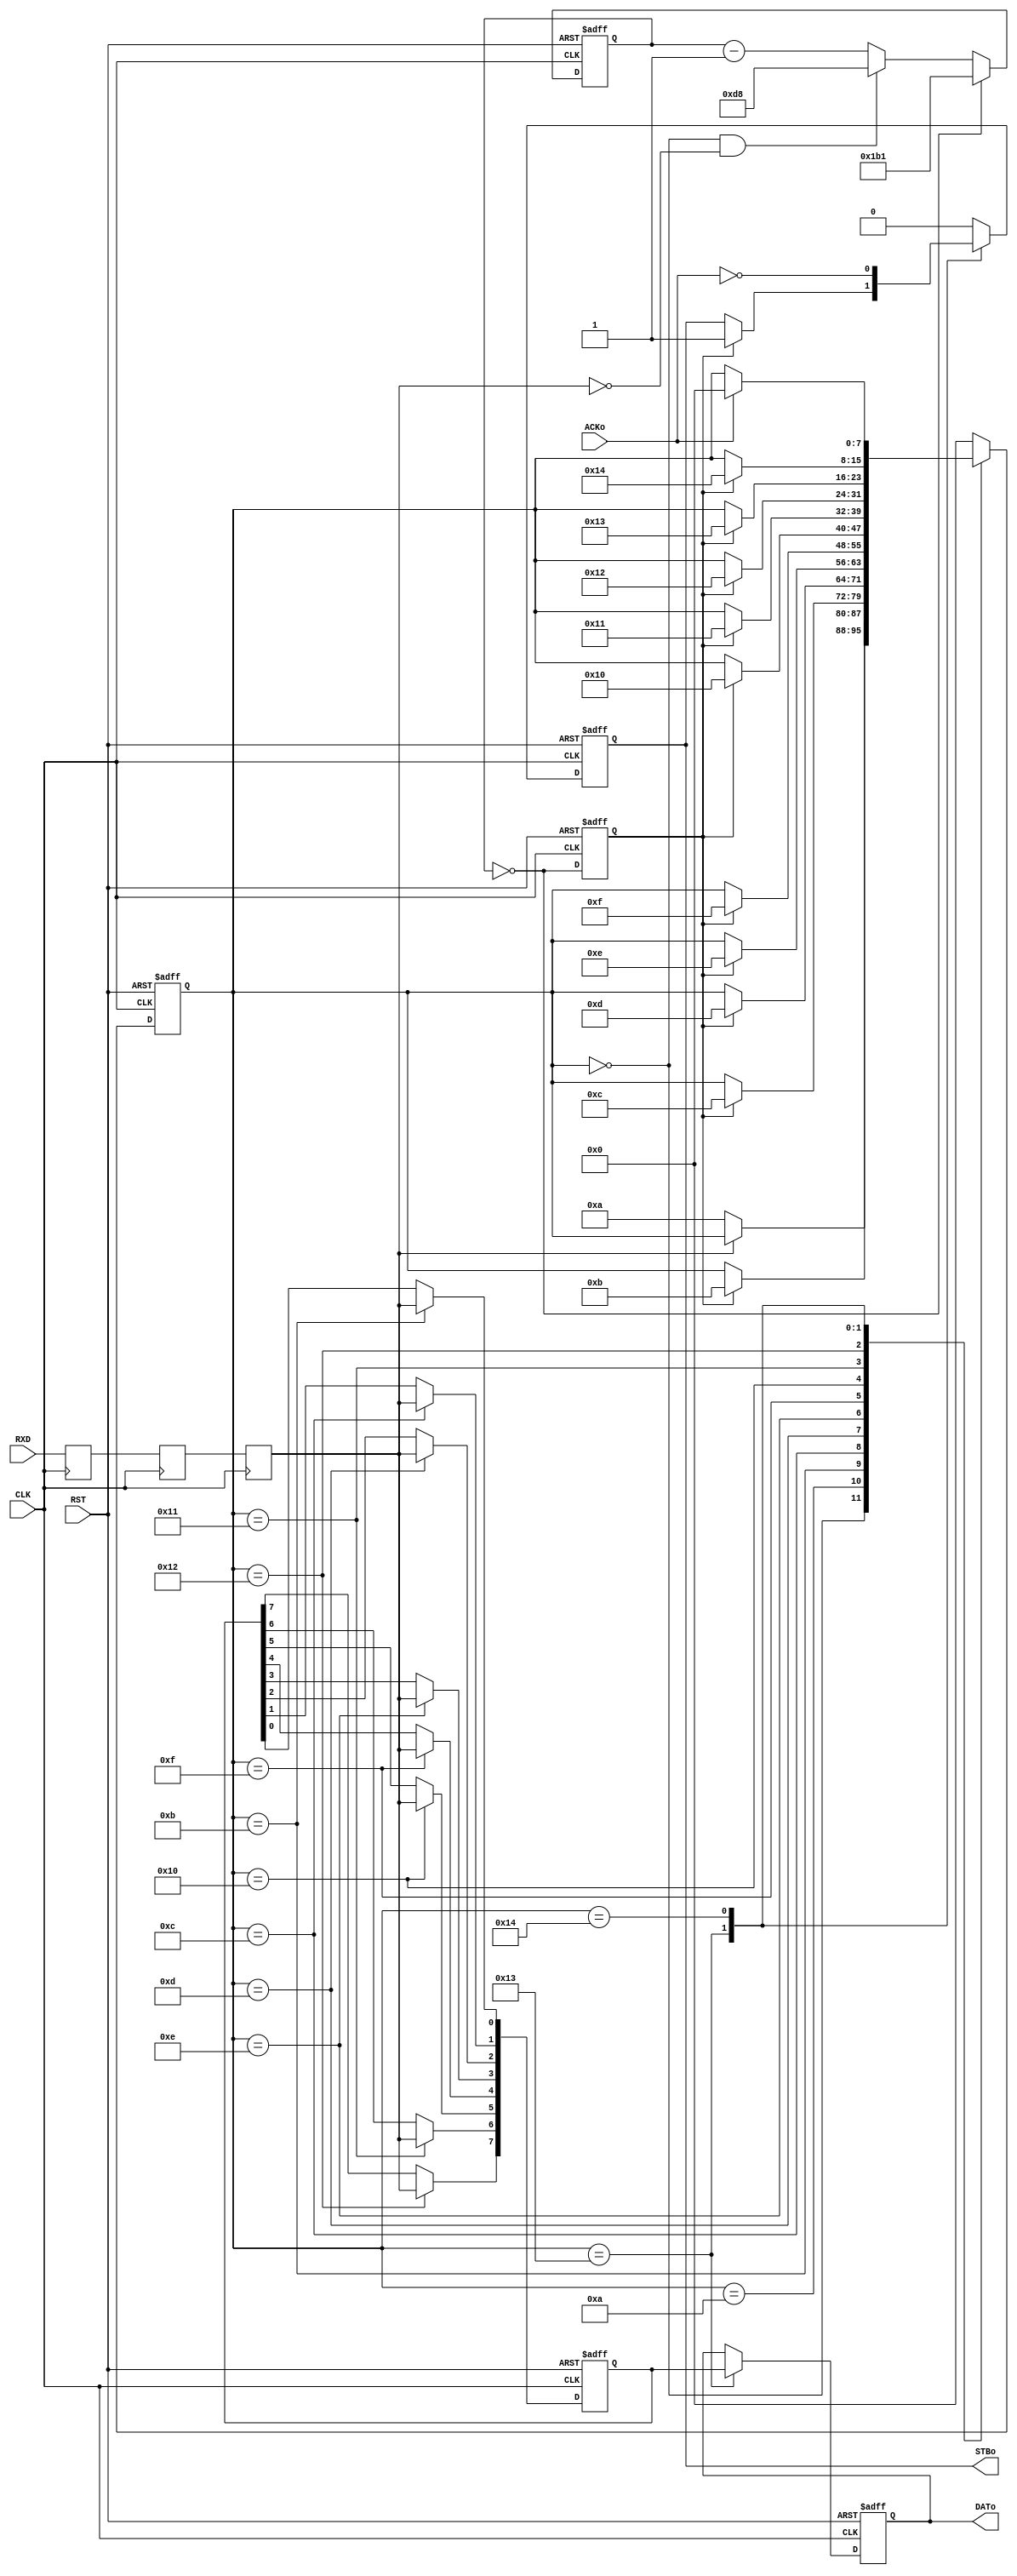
`timescale 1ns / 1ps
//////////////////////////////////////////////////////////////////////////////////
// Company: 
// Engineer: 
// 
// Design Name: 
// Module Name:    uart_rx 
// Project Name: 
// Target Devices: 
// Tool versions: 
// Description: 
//
// Dependencies: 
//
// Revision: 
// Revision 0.01 - File Created
// Additional Comments: 
//
//////////////////////////////////////////////////////////////////////////////////
module uart_rx
(
input wire				CLK,
input wire				RST,

input wire				RXD,

output reg			    STBo,
output reg[7:0]	        DATo,
input wire				ACKo
);

parameter	PRESCALER = 434;

// Stany
localparam	FSM_IDLE		= 0;
localparam	FSM_BIT_START	= 10;
localparam	FSM_BIT_0		= 11;
localparam	FSM_BIT_1		= 12;
localparam	FSM_BIT_2		= 13;
localparam	FSM_BIT_3		= 14;
localparam	FSM_BIT_4		= 15;
localparam	FSM_BIT_5		= 16;
localparam	FSM_BIT_6		= 17;
localparam	FSM_BIT_7		= 18;
localparam	FSM_BIT_STOP	= 19;
localparam	FSM_OUTPUT		= 20;


// Rejestry
reg[8:0]		PS;
reg			SMPL;

reg[7:0]		FSM;
reg[7:0]		DAT;

reg			RXDa;
reg			RXDb;
reg			RXDc;

// Opoznienie RXD
always @(posedge CLK)	RXDa <= RXD;
always @(posedge CLK)	RXDb <= RXDa;
always @(posedge CLK)	RXDc <= RXDb;

// Preskaler
always @(posedge CLK or posedge RST)
	if(RST)	PS <= (PRESCALER-1);
	else begin
		if(PS == 0)	PS <= (PRESCALER-1);
		else if(FSM == FSM_IDLE && !RXDc)		PS <= ((PRESCALER/2)-1);
		else			PS <= PS - 1;
	end

// Impuls probkujacy
always @(posedge CLK or posedge RST)
	if(RST)	SMPL <= 0;
	else		SMPL <= (PS == 0);

// Sterowanie
always @(posedge CLK or posedge RST)
	if(RST)	FSM <= 0;
	else casex(FSM)
	FSM_IDLE:		if(!RXDc)	FSM <= FSM_BIT_START;
	FSM_BIT_START:	if(SMPL)		FSM <= FSM_BIT_0;
	FSM_BIT_0:		if(SMPL)		FSM <= FSM_BIT_1;
	FSM_BIT_1:		if(SMPL)		FSM <= FSM_BIT_2;
	FSM_BIT_2:		if(SMPL)		FSM <= FSM_BIT_3;
	FSM_BIT_3:		if(SMPL)		FSM <= FSM_BIT_4;
	FSM_BIT_4:		if(SMPL)		FSM <= FSM_BIT_5;
	FSM_BIT_5:		if(SMPL)		FSM <= FSM_BIT_6;
	FSM_BIT_6:		if(SMPL)		FSM <= FSM_BIT_7;
	FSM_BIT_7:		if(SMPL)		FSM <= FSM_BIT_STOP;
	FSM_BIT_STOP:	if(SMPL)		FSM <= FSM_OUTPUT;
	FSM_OUTPUT:		if(ACKo)		FSM <= FSM_IDLE;
	default:	FSM <= 0;
	endcase
	
// Odczyt
always @(posedge CLK or posedge RST)
	if(RST)	DAT <= 0;
	else casex(FSM)
	FSM_BIT_0:	DAT[0] <= RXDc;
	FSM_BIT_1:	DAT[1] <= RXDc;
	FSM_BIT_2:	DAT[2] <= RXDc;
	FSM_BIT_3:	DAT[3] <= RXDc;
	FSM_BIT_4:	DAT[4] <= RXDc;
	FSM_BIT_5:	DAT[5] <= RXDc;
	FSM_BIT_6:	DAT[6] <= RXDc;
	FSM_BIT_7:	DAT[7] <= RXDc;
	endcase
	
// Wyjscie
always @(posedge CLK or posedge RST)
	if(RST)	DATo <= 0;
	else casex(FSM)
	FSM_BIT_STOP:	DATo <= DAT;
	endcase

// Potwierdzenie wyjscia
always @(posedge CLK or posedge RST)
	if(RST)	STBo <= 0;
	else casex(FSM)
	FSM_BIT_STOP:	if(SMPL) STBo <= 1;
	FSM_OUTPUT:		STBo <= ~ACKo;
	default:			STBo <= 0;
	endcase

endmodule